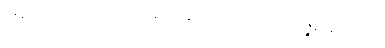
အနက်တည်း။) တထဋ္ဌာဒီနိ၊ ကုန်သော။ ဒွါဒသဝိဿဇ္ဇနာနိ၊ တို့ကို။